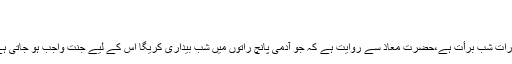
“(شعب الایمان للبھیقی:3/383)
شب بیداری کرنے والے پر جنت واجب
ایک روایت میں ہے کہ لیلة القدر کے بعد سب سے افضل رات شب برأت ہے،حضرت معاذ سے روایت ہے کہ جو آدمی پانچ راتوں میں شب بیداری کریگا اس کے لیے جنت واجب ہو جاتی ہے ،ان میں سے ایک شب برأت بھی ہے(ترغیب وترھیب)۔